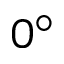
0 ^ { \circ }